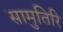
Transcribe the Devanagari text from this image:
सामुतिरि